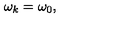
\omega _ { k } = \omega _ { 0 } ,